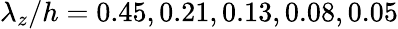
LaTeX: \lambda_{z}/h=0.45,0.21,0.13,0.08,0.05